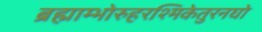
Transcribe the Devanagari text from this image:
ब्रह्माम्भोरुहरश्मिकेतुरनघो